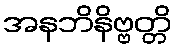
အနဘိနိဗ္ဗတ္တိ